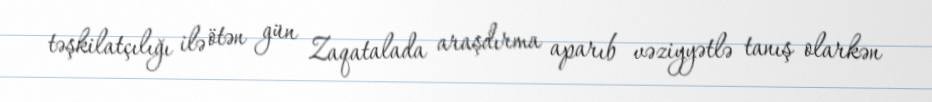
təşkilatçılığı ilə ötən gün Zaqatalada araşdırma aparıb vəziyyətlə tanış olarkən